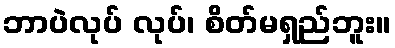
ဘာပဲလုပ် လုပ်၊ စိတ်မရှည်ဘူး။